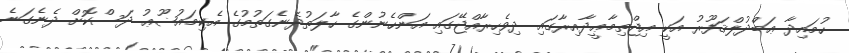
ހުމައިދާ ޢަބްދުލްޤަފޫރު އަކީ އިޖްތިމާޢީދާއިރާގައި ދިވެހިރާއްޖޭގައި އަންހެނުންގެ ހާލަތުދެނެގަތުމުގެ އެކިމައުޟޫޢު ދަސްކޮށް ދެނެގަނެ